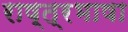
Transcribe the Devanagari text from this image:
राष्त्रभाषा